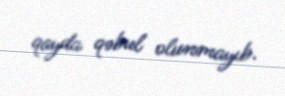
qayda qəbul olunmayıb.